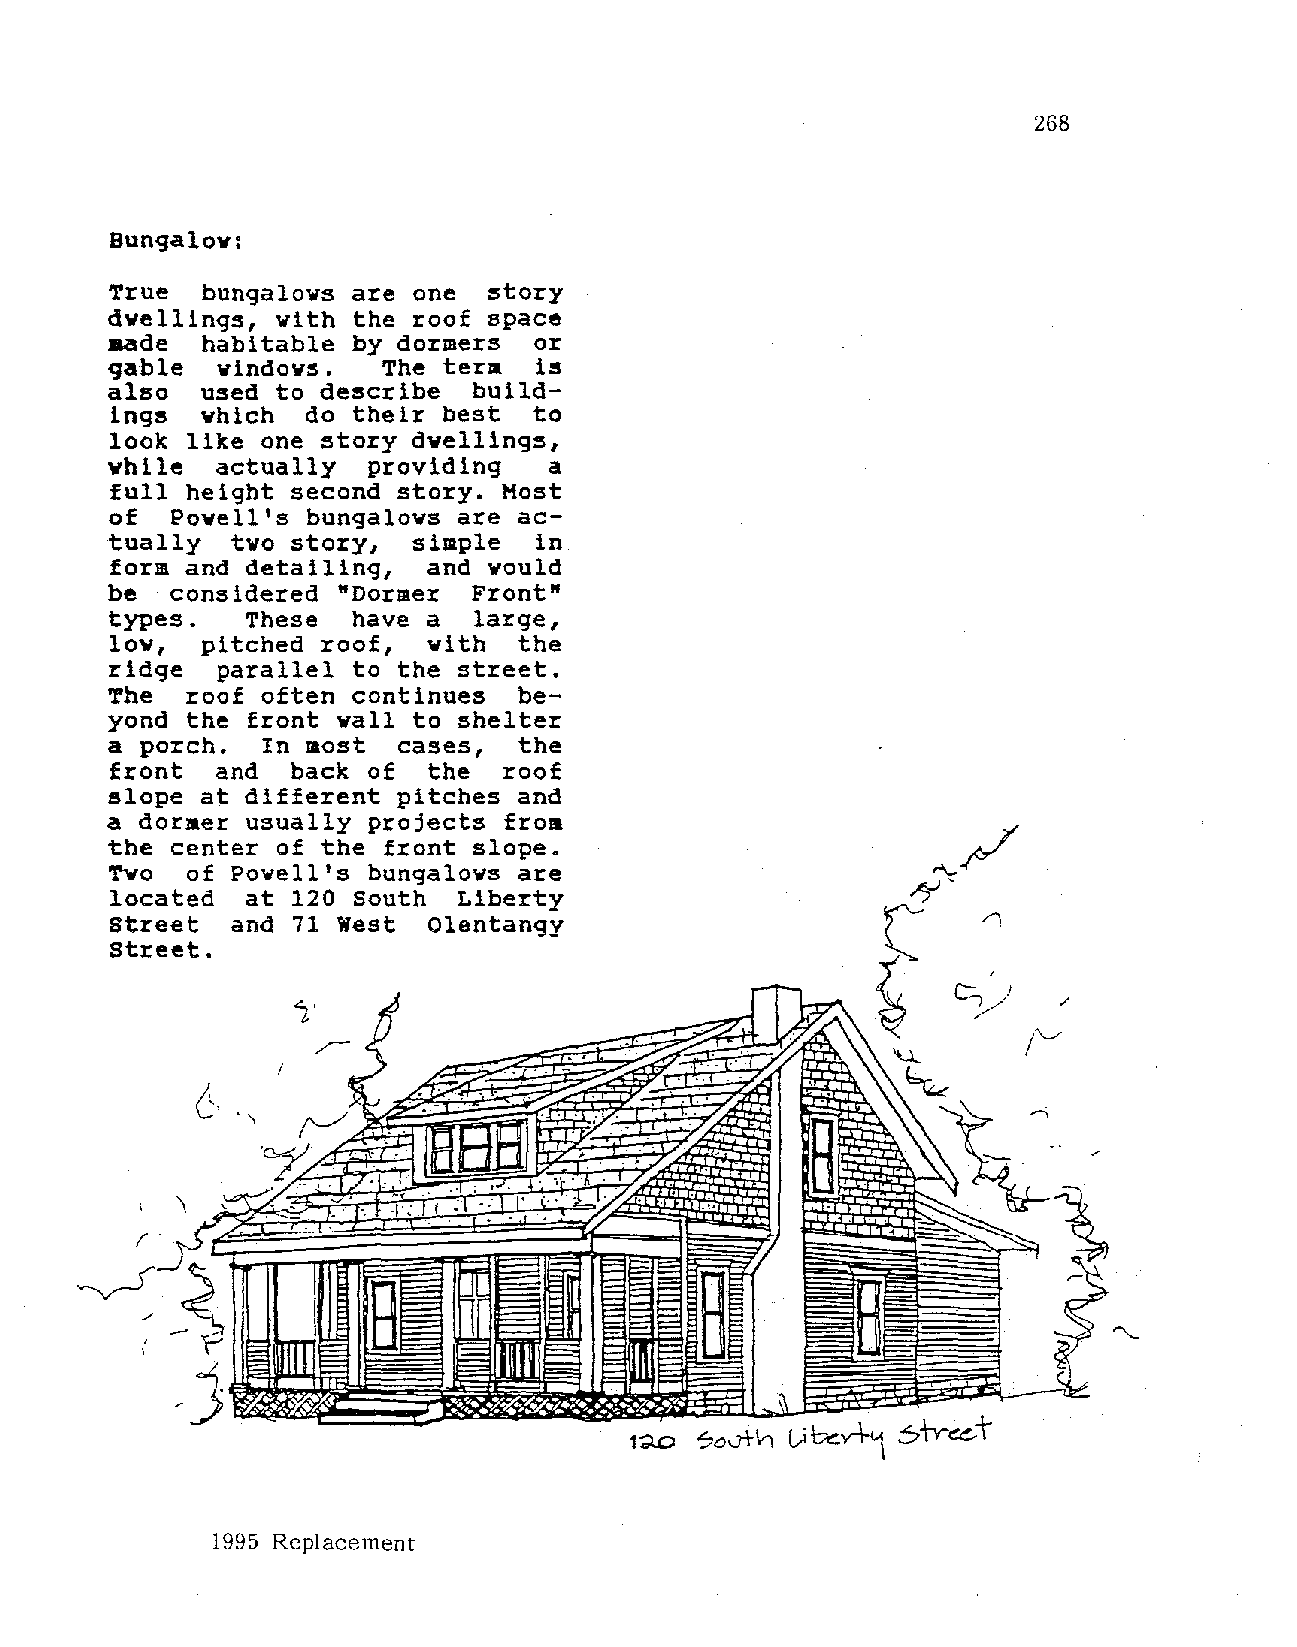
268
 Bungalow:
 True   bungalows are one story
 dwellings, with  the roof space
 aade   habitable by dormers  or
 gable   windows.   The term  is
 also   used to describe build
 ings  which do  their best to
 look  like one story dwellings,
 while  actually   providing  a
 full  height second story. Host
 of   Powell's bungalows are ac
 tually   two story, simple   in
 form and detailing, and would
 be  considered  "Dormer Front"
 types.   These   have a  large,
 low,   pitched roof, with   the
 ridge   parallel to the street.
 The   roof often continues  be
 yond  the front vall to shelter
 a  porch.  In most  cases,  the
 front  and  back  of  the  roof
 slope  at different pitches and
 a dormer  usually projects from
 the  center of the front slope.
 Tvo   of Powell's bungalows are
 located  at 120 South Liberty
 Street   and 71 West  Olentangy
 Street.
 /
 !"--"
 J
 I\, '
 \.-
 '
 1995 Replacement